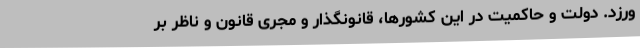
ورزد. دولت و حاکمیت در این کشورها، قانونگذار و مجری قانون و ناظر بر